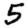
Digit: 5